Code of medical and sanitary regulations for the guidance of medical officers serving in the Madras Presidency - Volume I
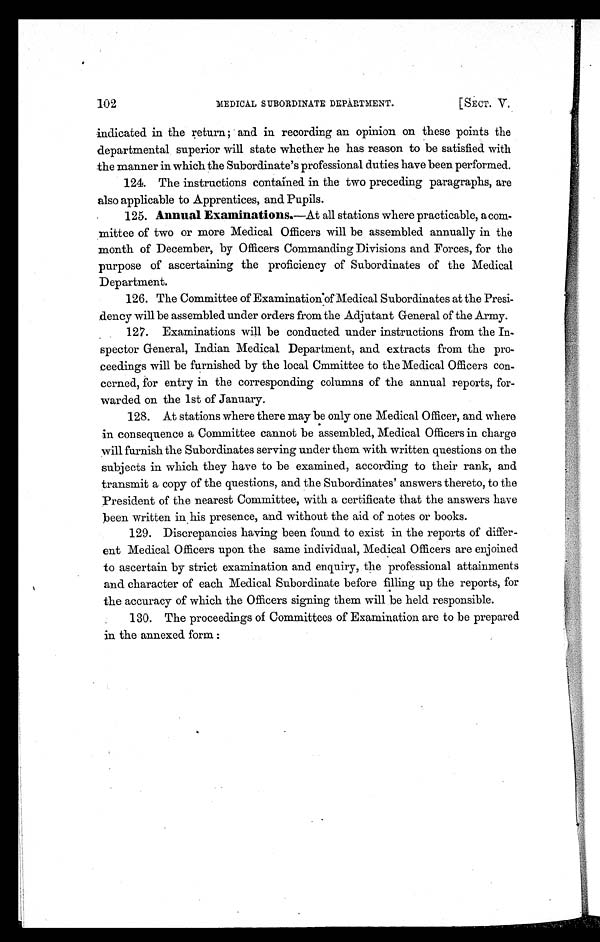
102
MEDICAL SUBORDINATE DEPARTMENT.
[SECT. V.
indicated in the return; and in recording an opinion on these points the
departmental superior will state whether he has reason to be satisfied with
the manner in which the Subordinate's professional duties have been performed.
124. The instructions contained in the two preceding paragraphs, are
also applicable to Apprentices, and Pupils.
125. Annual Examinations .—At all stations where practicable, a cora
-mittee of two or more Medical Officers will be assembled annually in the
month of December, by Officers Commanding Divisions and Forces, for the
purpose of ascertaining the proficiency of Subordinates of the Medical
Department.
126. The Committee of Examination'of Medical Subordinates at the Presi
-dency will be assembled under orders from the Adjutant General of the Army.
127. Examinations will be conducted under instructions from the In
-spector General, Indian Medical Department, and extracts from the pro
-ceedings will be furnished by the local Cmmittee to the Medical Officers con
-cerned, for entry in the corresponding columns of the annual reports, for
-warded on the 1st of January.
128. At stations where there may be only one Medical Officer, and where
in consequence a Committee cannot be assembled, Medical Officers in charge
will furnish the Subordinates serving under them with written questions on the
subjects in which they have to be examined, according to their rank, and
transmit a copy of the questions, and the Subordinates' answers thereto, to the
President of the nearest Committee, with a certificate that the answers have
been written in his presence, and without the aid of notes or books.
129. Discrepancies having been found to exist in the reports of differ
-ent Medical Officers upon the same individual, Medical Officers are enjoined
to ascertain by strict examination and enquiry, the professional attainments
and character of each Medical Subordinate before filling up the reports, for
the accuracy of which the Officers signing them will be held responsible.
130. The proceedings of Committees of Examination are to be prepared
in the annexed form: